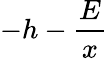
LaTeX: -h-\frac{E}{x}